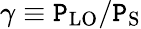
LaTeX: \gamma\equiv\mathtt{P}_{\mathrm{{LO}}}/\mathtt{P}_{\mathrm{{S}}}